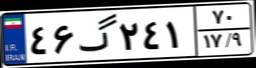
۴۶گ۲۴۱۷۰